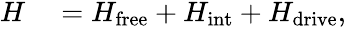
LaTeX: \begin{array}{rl}{H}&{{}=H_{\mathrm{free}}+H_{\mathrm{int}}+H_{\mathrm{drive}},}\end{array}